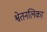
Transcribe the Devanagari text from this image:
श्वेतनलिका